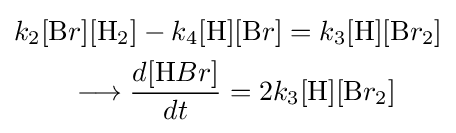
{\begin{aligned}&k_{2}[{\ce {B}}r][{\ce {H}}_{2}]-k_{4}[{\ce {H}}][{\ce {B}}r]=k_{3}[{\ce {H}}][{\ce {B}}r_{2}]\\&\qquad \longrightarrow {\frac {d[{\ce {H}}Br]}{dt}}=2k_{3}[{\ce {H}}][{\ce {B}}r_{2}]\end{aligned}}